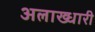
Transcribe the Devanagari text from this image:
अलाख्धारी